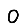
Digit: 0